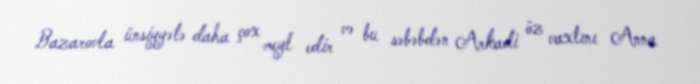
Bazarovla ünsiyyətə daha çox meyl edir və bu səbəbdən Arkadi öz vaxtını Anna